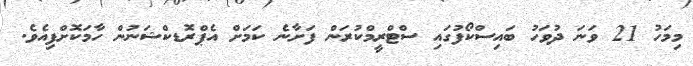
މިމަހު 21 ވަނަ ދުވަހު ބައިސްކޯފުގައި ސްޓްރީމްކުރަން ފަށާނެ ކަމަށް އެޕްރޮޑކްޝަނުން ހާމަކޮށްފިއެވެ.